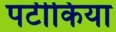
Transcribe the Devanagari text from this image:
पटीकिया